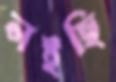
লইছি